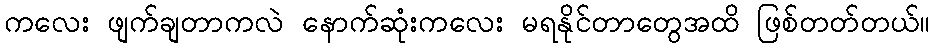
ကလေး ဖျက်ချတာကလဲ နောက်ဆုံးကလေး မရနိုင်တာတွေအထိ ဖြစ်တတ်တယ်။